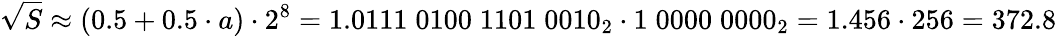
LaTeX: {\sqrt{S}}\approx(0.5+0.5\cdot a)\cdot 2^{8}=1.0111\; 0100\; 1101\; 0010_{2}\cdot 1\; 0000\; 0000_{2}=1.456\cdot 256=372.8